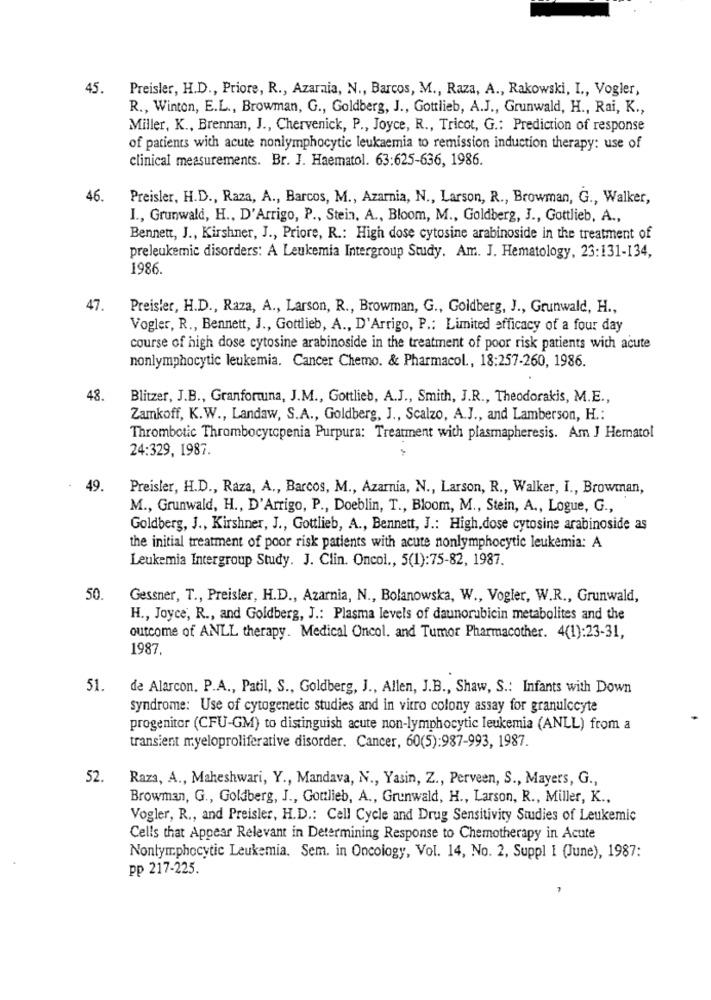
45.
Preisler, H.D ., Priore, R ., Azaraia, N ., Barcos, M ., Raza, A ., Rakowski, I ., Vogler,
R ., Winton, E.L ., Browman, G ., Goldberg, J ., Gottlieb, A.J ., Grunwald, H ., Rai, K .,
Miller, K ., Brennan, J ., Chervenick, P ., Joyce, R ., Tricot, G .: Prediction of response
of patients with acute nonlymphocytic leukaemia to remission induction therapy: use of
clinical measurements. Br. J. Haematol. 63:625-636, 1986.
46
Preisler, H.D ., Raza, A ., Barcos, M ., Azarnia, N ., Larson, R ., Browman, G ., Walker,
I ., Grunwald, H ., D'Arrigo, P ., Stein, A ., Bloom, M ., Goldberg, J ., Gottlieb, A .,
Bennett, J ., Kirshner, J ., Priore, R .: High dose cytosine arabinoside in the treatment of
preleukemic disorders: A Leukemia Intergroup Study. Am. J. Hematology, 23:131-134,
1986.
47.
Preisler, H.D ., Raza, A ., Larson, R ., Browman, G ., Goldberg, J ., Grunwald, H .,
Vogler, R ., Bennett, J ., Gottlieb, A ., D'Arrigo, P .: Limited efficacy of a four day
course of high dose cytosine arabinoside in the treatment of poor risk patients with acute
nonlymphocytic leukemia. Cancer Chemo. & Pharmacol ., 18:257-260, 1986.
48.
Blitzer, J.B ., Granfortuna, J.M ., Gottlieb, A.J ., Smith, J.R ., Theodorakis, M.E .,
Zamkoff, K.W ., Landaw, S.A ., Goldberg, J ., Scalzo, A.J ., and Lamberson, H .:
Thrombotic Thrombocytopenia Purpura: Treatment with plasmapheresis. Am J Hematol
24:329, 1987.
49.
Preisler, H.D ., Raza, A ., Barcos, M ., Azarnia, N ., Larson, R ., Walker, I ., Browman,
M ., Grunwald, H ., D'Arrigo, P ., Doeblin, T ., Bloom, M ., Stein, A ., Logue, G .,
Goldberg, J ., Kirshner, J ., Gottlieb, A ., Bennett, J .: High.dose cytosine arabinoside as
the initial treatment of poor risk patients with acute nonlymphocytic leukemia: A
Leukemia Intergroup Study. J. Clin. Oncol ., 5(1):75-82, 1987.
50.
Gessner, T ., Preisler, H.D ., Azarnia, N ., Bolanowska, W ., Vogler, W.R ., Grunwald,
H ., Joyce, R ., and Goldberg, J .: Plasma levels of daunorubicin metabolites and the
outcome of ANLL therapy. Medical Oncol. and Tumor Pharmacother. 4(1):23-31,
1987.
51.
de Alarcon. P.A ., Patil, S ., Goldberg, J ., Allen, J.B ., Shaw, S .: Infants with Down
syndrome: Use of cytogenetic studies and in vitro colony assay for granulocyte
progenitor (CFU-GM) to distinguish acute non-lymphocytic leukemia (ANLL) from a
transient myeloproliferative disorder. Cancer, 60(5):987-993, 1987.
52.
Raza, A ., Maheshwari, Y ., Mandava, N ., Yasin, Z ., Perveen, S ., Mayers, G .,
Browman, G ., Goldberg, J ., Gottlieb, A ., Grunwald, H ., Larson, R ., Miller, K .,
Vogler, R ., and Preisler, H.D .: Cell Cycle and Drug Sensitivity Studies of Leukemic
Cells that Appear Relevant in Determining Response to Chemotherapy in Acute
Nonlymphocytic Leukemia. Sem. in Oncology, Vol. 14, No. 2, Suppl I (June), 1987:
pp 217-225.